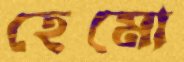
হেমো